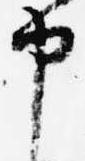
申